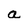
Character: a